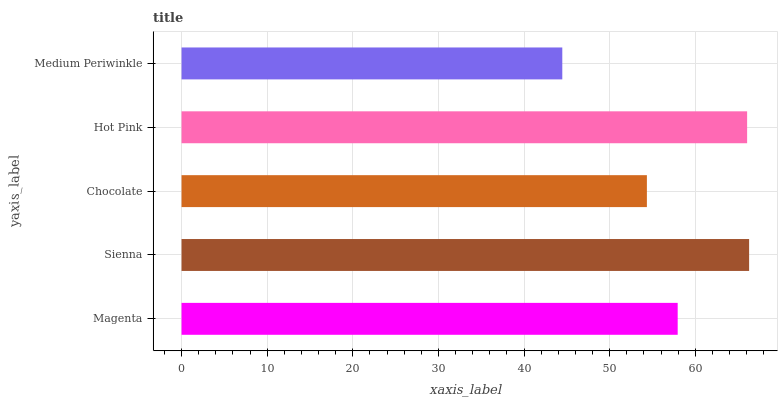
| yaxis_label | bars |
 | --- | --- |
 | Magenta | 57.9 |
 | Sienna | 66.3 |
 | Chocolate | 54.3 |
 | Hot Pink | 66 |
 | Medium Periwinkle | 44.5 |